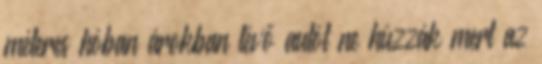
méteres hóban árokban lévő autót ne húzzák mert az